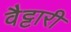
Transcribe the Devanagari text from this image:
वैट्टारी